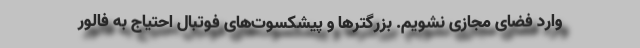
وارد فضای مجازی نشویم. بزرگترها و پیشکسوت‌های فوتبال احتیاج به فالور